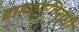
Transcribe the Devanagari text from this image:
ब्राह्मणविरोधी